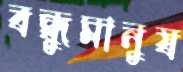
বন্ধুমানুষ